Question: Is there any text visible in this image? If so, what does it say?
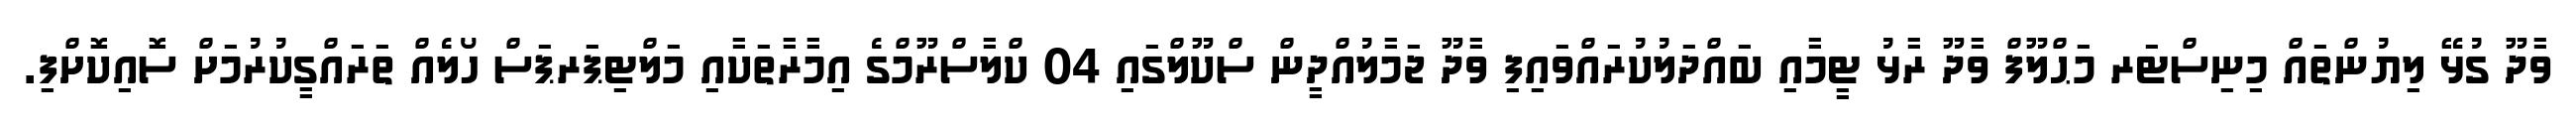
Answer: ވާދޫ ގުޅޭ ލިޔުންތައް މިނިސްޓަރ މަޙްލޫފް ވާދޫ ރާޅު ޓީމާއި ބައްދަލުކުރައްވައިފި ވާދޫ ޖަމާލުއްދީން ސްކޫލްގައި 04 ކްލާސްރޫމްގެ އިމާރާތަކާއި މަލްޓިޕަރޕަސް ހޯލެއް ތަރައްގީކުރުމަށް ސޮއިކޮށްފި.